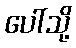
ပေါ်သို့